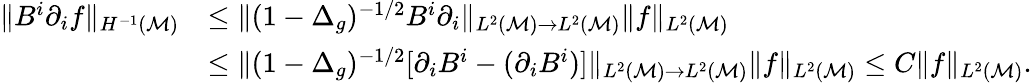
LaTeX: \begin{array}{rl}{\| B^{i}\partial_{i}f\| _{H^{-1}(\mathcal{M})}}&{\leq\| (1-\Delta_{g})^{-1/2}B^{i}\partial_{i}\| _{L^{2}(\mathcal{M})\to L^{2}(\mathcal{M})}\| f\| _{L^{2}(\mathcal{M})}}\\ &{\leq\| (1-\Delta_{g})^{-1/2}[\partial_{i}B^{i}-(\partial_{i}B^{i})]\| _{L^{2}(\mathcal{M})\to L^{2}(\mathcal{M})}\| f\| _{L^{2}(\mathcal{M})}\leq C\| f\| _{L^{2}(\mathcal{M})}.}\end{array}